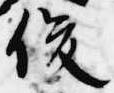
俊